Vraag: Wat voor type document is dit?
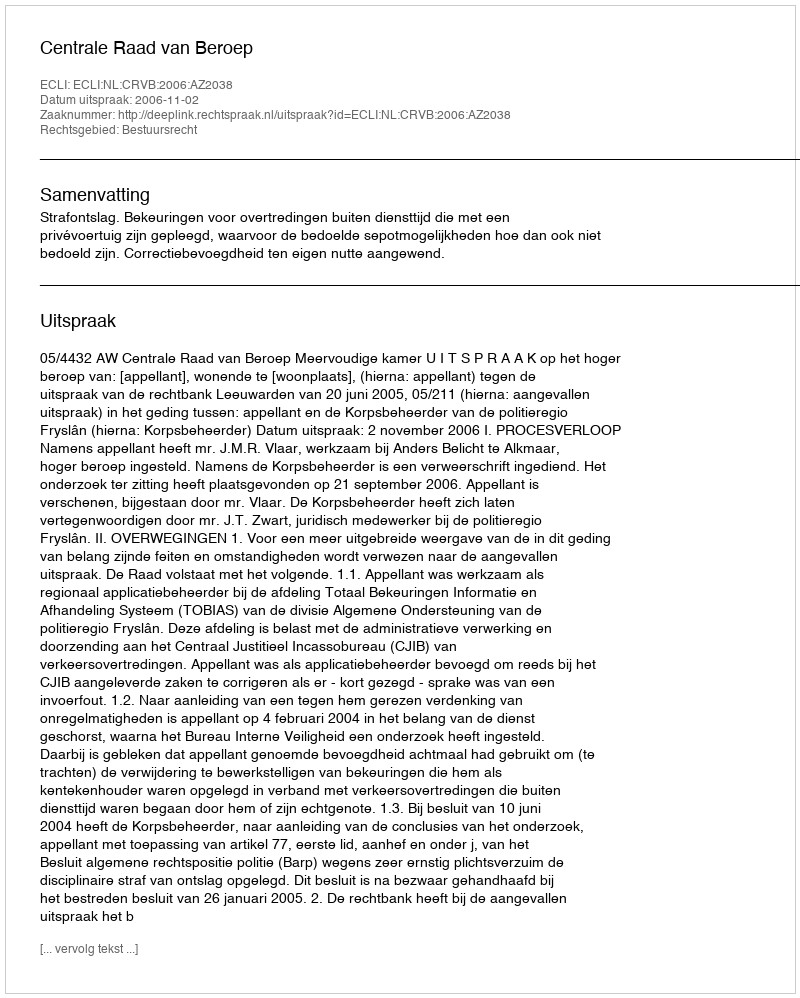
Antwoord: Uitspraak